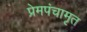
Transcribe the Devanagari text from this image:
प्रेमपंचामृत